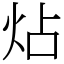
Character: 炶